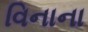
વિનાના